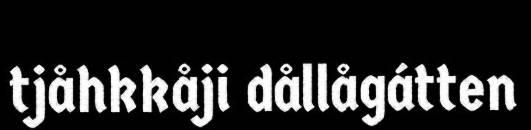
tjåhkkåji dållågátten